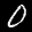
Label: 0